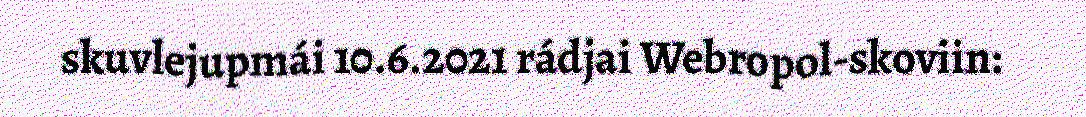
skuvlejupmái 10.6.2021 rádjai Webropol-skoviin: